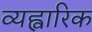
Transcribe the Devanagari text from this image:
व्यह्वारिक